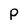
Character: P